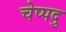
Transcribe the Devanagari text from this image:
चेप्पदु